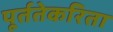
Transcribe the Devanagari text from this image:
पूर्ततेकरिता